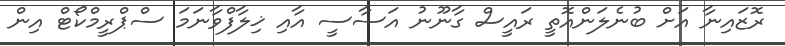
ރޮޒައިނާ އަށް ބުނެލަންއޮތީ ރައީސް ގާނޫނު އަސާސީ އާއި ޚިލާފްވާނަމަ ސްޕްރީމްކޯޓް އިން